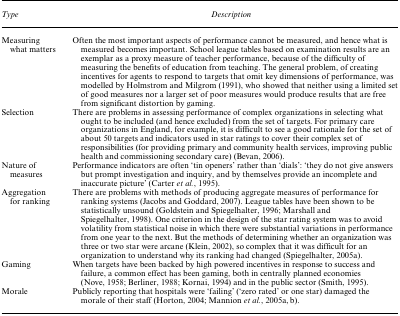
| Type | Description |
 | --- | --- |
 | Measuring what matters | Often the most important aspects of performance cannot be measured, and hence what is measured becomes important. School league tables based on examination results are an exemplar as a proxy measure of teacher performance, because of the difficulty of measuring the benefits of education from teaching. The general problem, of creating incentives for agents to respond to targets that omit key dimensions of performance, was modelled by Holmstrom and Milgrom (1991), who showed that neither using a limited set of good measures nor a larger set of poor measures would produce results that are free from significant distortion by gaming. |
 | Selection | There are problems in assessing performance of complex organizations in selecting what ought to be included (and hence excluded) from the set of targets. For primary care organizations in England, for example, it is difficult to see a good rationale for the set of about 50 targets and indicators used in star ratings to cover their complex set of responsibilities (for providing primary and community health services, improving public health and commissioning secondary care) (Bevan, 2006). |
 | Nature of measures | Performance indicators are often ‘tin openers’ rather than ‘dials’: ‘they do not give answers but prompt investigation and inquiry, and by themselves provide an incomplete and inaccurate picture’ (Carter et al., 1995). |
 | Aggregation for ranking | There are problems with methods of producing aggregate measures of performance for ranking systems (Jacobs and Goddard, 2007). League tables have been shown to be statistically unsound (Goldstein and Spiegelhalter, 1996; Marshall and Spiegelhalter, 1998). One criterion in the design of the star rating system was to avoid volatility from statistical noise in which there were substantial variations in performance from one year to the next. But the methods of determining whether an organization was three or two star were arcane (Klein, 2002), so complex that it was difficult for an organization to understand why its ranking had changed (Spiegelhalter, 2005a). |
 | Gaming | When targets have been backed by high powered incentives in response to success and failure, a common effect has been gaming, both in centrally planned economies (Nove, 1958; Berliner, 1988; Kornai, 1994) and in the public sector (Smith, 1995). |
 | Morale | Publicly reporting that hospitals were ‘failing’ (‘zero rated’ or one star) damaged the morale of their staff (Horton, 2004; Mannion et al., 2005a, b). |